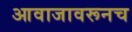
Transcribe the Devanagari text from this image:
आवाजावरूनच